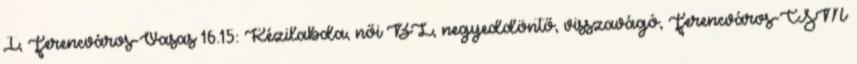
I, Ferencváros-Vasas 16.15: Kézilabda, női BL, negyeddöntő, visszavágó, Ferencváros-CSM